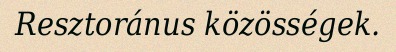
Resztoránus közösségek.